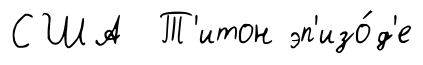
США Т'итон эп'изо́д'е